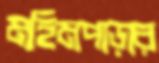
মহিমপাড়ার